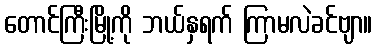
တောင်ကြီးမြို့ကို ဘယ်နှရက် ကြာမလဲခင်ဗျာ။